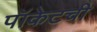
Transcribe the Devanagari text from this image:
पॉकेटची